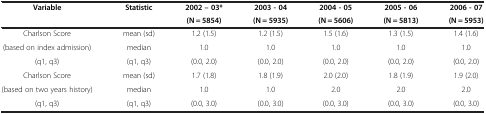
| Variable | Statistic | 2002 – 03* | 2003 - 04 | 2004 - 05 | 2005 - 06 | 2006 - 07 |
 |  |  | (N = 5854) | (N = 5935) | (N = 5606) | (N = 5813) | (N = 5953) |
 | --- | --- | --- | --- | --- | --- | --- |
 | Charlson Score | mean (sd) | 1.2 (1.5) | 1.2 (1.5) | 1.5 (1.6) | 1.3 (1.5) | 1.4 (1.6) |
 | (based on index admission) | median | 1.0 | 1.0 | 1.0 | 1.0 | 1.0 |
 | (q1, q3) | (q1, q3) | (0.0, 2.0) | (0.0, 2.0) | (0.0, 2.0) | (0.0, 2.0) | (0.0, 2.0) |
 | Charlson Score | mean (sd) | 1.7 (1.8) | 1.8 (1.9) | 2.0 (2.0) | 1.8 (1.9) | 1.9 (2.0) |
 | (based on two years history) | median | 1.0 | 1.0 | 2.0 | 2.0 | 2.0 |
 | (q1, q3) | (q1, q3) | (0.0, 3.0) | (0.0, 3.0) | (0.0, 3.0) | (0.0, 3.0) | (0.0, 3.0) |